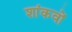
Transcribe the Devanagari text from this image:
शांकवों